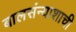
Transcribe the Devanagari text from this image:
बालसंन्याशाची